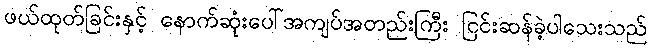
ဖယ်ထုတ်ခြင်းနှင့် နောက်ဆုံးပေါ်အကျပ်အတည်းကြီး ငြင်းဆန်ခဲ့ပါသေးသည်